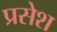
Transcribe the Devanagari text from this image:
प्रसेश